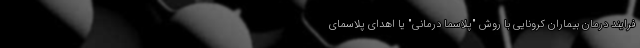
فرایند درمان بیماران کرونایی با روش "پلاسما درمانی" یا اهدای پلاسمای